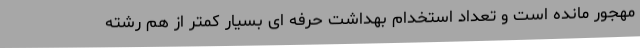
مهجور مانده است و تعداد استخدام بهداشت حرفه ای بسیار کمتر از هم رشته